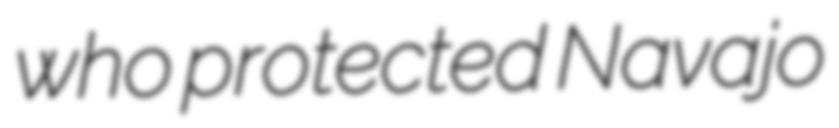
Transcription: who protected Navajo